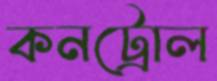
কনট্রোল